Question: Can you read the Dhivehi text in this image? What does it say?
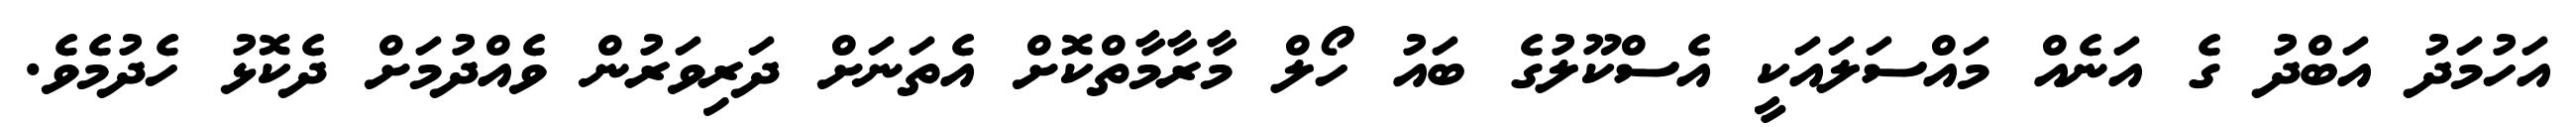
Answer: އަހުމަދު އަބްދު ގެ އަނެއް މައްސަލައަކީ އެސްކޫލުގެ ބައު ހޯލް މާރާމާތްކޮށް އެތަނަށް ދަރިވަރުން ވެއްދުމަށް ދެކޮޅު ހެދުމެވެ.